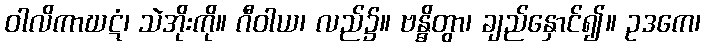
ဝါလိကာဃဋံ၊ သဲအိုးကို။ ဂီဝါယ၊ လည်၌။ ဗန္ဓိတွာ၊ ချည်နှောင်၍။ ဥဒကေ၊